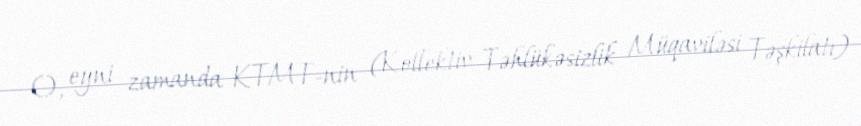
O, eyni zamanda KTMT-nin (Kollektiv Təhlükəsizlik Müqaviləsi Təşkilatı)